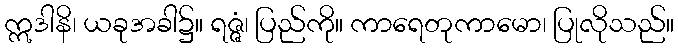
ဣဒါနိ၊ ယခုအခါ၌။ ရဇ္ဇံ၊ ပြည်ကို။ ကာရေတုကာမော၊ ပြုလိုသည်။